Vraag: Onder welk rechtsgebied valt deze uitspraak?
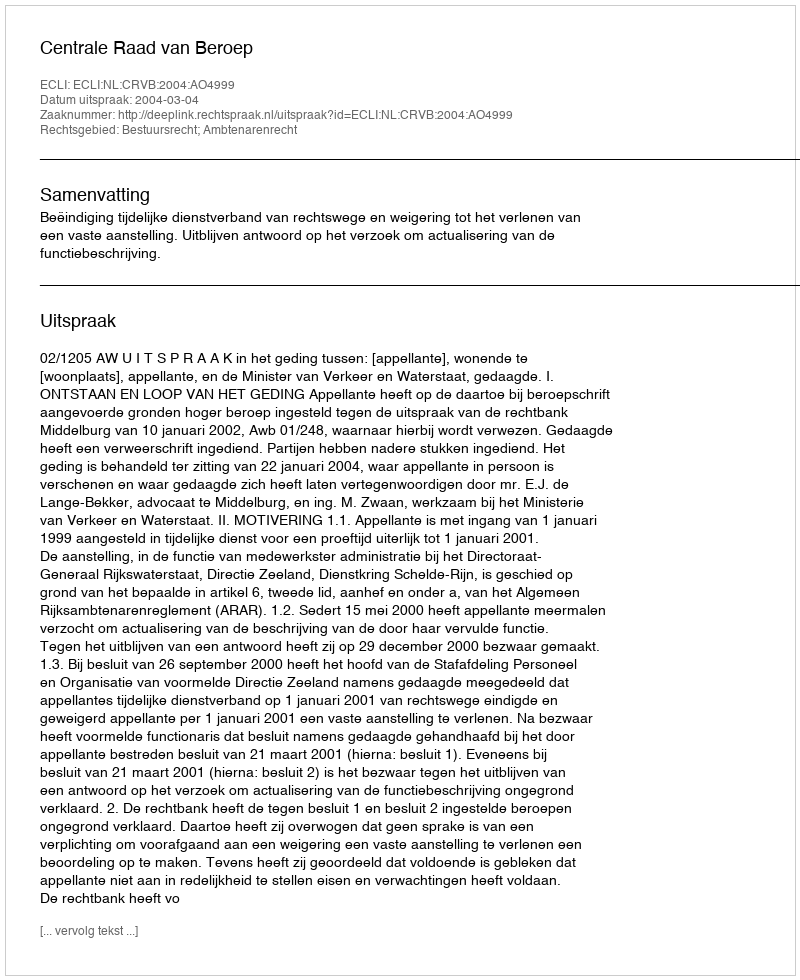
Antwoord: Bestuursrecht; Ambtenarenrecht